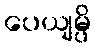
ပေယျမ္ပိ